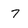
Character: 7